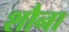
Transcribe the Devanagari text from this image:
शौना